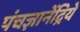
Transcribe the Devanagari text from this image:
पंचज्ञानेंद्रिये